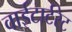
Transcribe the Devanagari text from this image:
वाईटार्टरेट